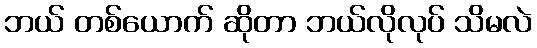
ဘယ် တစ်ယောက် ဆိုတာ ဘယ်လိုလုပ် သိမလဲ